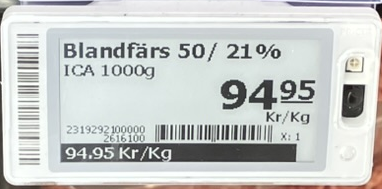
Vara: Blandfärs 50/21%
Genomsnittspris: 94.95 per kg